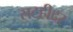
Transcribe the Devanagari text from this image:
सटहीदर